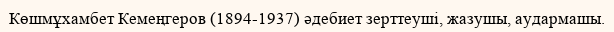
Көшмұхамбет Кемеңгеров (1894-1937) әдебиет зерттеуші, жазушы, аудармашы.